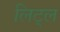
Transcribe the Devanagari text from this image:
लिट्‌ल